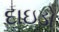
દાઇડો